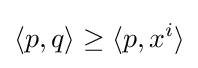
\langle p,q\rangle \geq \langle p,x^{i}\rangle